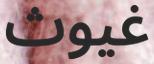
غيوث